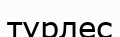
түрлес